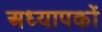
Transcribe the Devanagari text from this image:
अध्‍यापकों